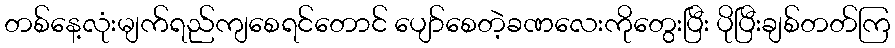
တစ်နေ့လုံးမျက်ရည်ကျစေရင်တောင် ပျော်စေတဲ့ခဏလေးကိုတွေးပြီး ပိုပြီးချစ်တတ်ကြ